Note on the mental hospitals in Burma - 1925-1940
Year: 1925
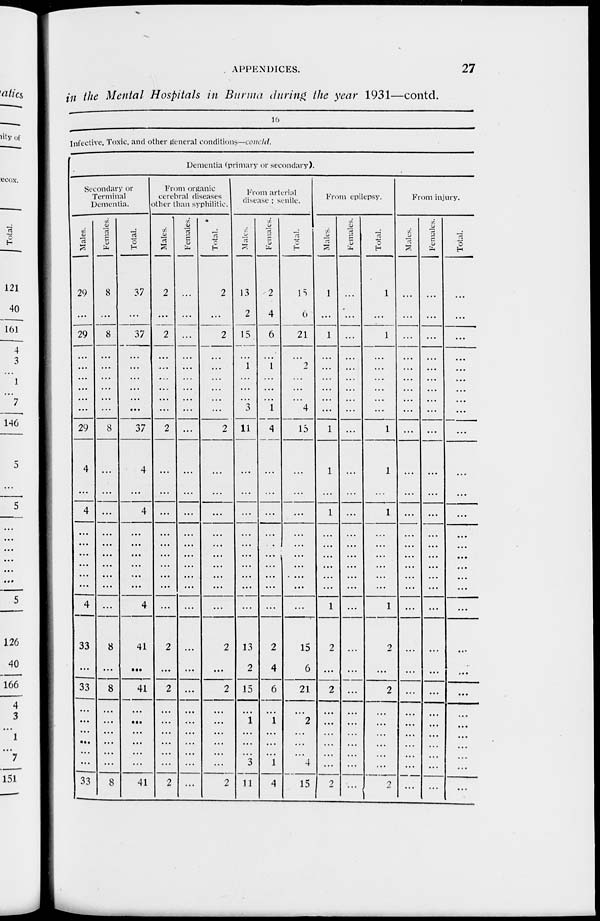
APPENDICES.
27
in the Mental Hospitals in Burma during the year 1931—contd.
10
Infective, Toxic, and other general conditions—concld.
Dementia (primary or secondary).
Secondary or
Terminal
Dementia.
Males.
29
...
29
...
...
...
...
...
...
29
4
...
4
...
...
...
...
...
...
4
33
...
33
...
...
...
...
...
...
33
Females.
8
...
8
...
...
...
...
...
...
8
...
...
...
...
...
...
...
...
...
8
...
8
...
...
...
...
...
...
8
Total.
37
...
37
...
...
...
...
...
....
37
4
...
4
...
...
...
...
...
...
4
41
...
41
...
...
...
...
...
...
41
From organic
cerebral diseases
other than syphilitic.
Males.
2
...
2
...
...
...
...
...
...
2
...
...
...
...
...
...
...
...
...
...
2
...
2
...
...
...
...
...
...
2
Females.
...
...
...
...
...
...
...
...
...
...
...
...
...
...
...
...
...
...
...
...
...
...
...
...
...
...
...
...
...
...
Total.
2
...
2
...
...
...
...
...
...
2
...
...
...
...
...
...
...
...
...
...
2
...
2
...
...
...
...
...
...
2
From arterial
disease ; senile.
Males.
13
2
15
...
1
...
...
...
3
11
...
...
...
...
...
...
...
...
...
...
13
2
15
...
1
...
...
...
3
11
Females.
2
4
6
...
1
...
...
...
1
4
...
...
...
...
...
...
...
...
...
...
2
4
6
...
1
...
...
...
1
4
Total.
15
6
21
...
2
...
...
...
4
15
...
...
...
...
...
...
...
...
...
...
15
6
21
...
2
...
...
...
4
15
From epilepsy.
Males.
1
...
1
...
...
...
...
...
...
1
1
...
1
...
...
...
...
...
...
1
2
...
2
...
...
...
...
...
...
2
Females.
...
...
...
...
...
...
...
...
...
...
...
...
...
...
...
...
...
...
...
...
...
...
...
...
...
...
...
...
...
...
Total.
1
...
1
...
...
...
...
...
...
1
1
...
1
...
...
...
...
...
...
1
2
...
2
...
...
...
...
...
...
2
From injury.
Males.
...
...
...
...
...
...
...
...
...
...
...
...
...
...
...
...
...
...
...
...
...
...
...
...
...
...
...
...
...
...
Females.
...
...
...
...
...
...
...
...
...
...
...
...
...
...
...
...
...
...
...
...
...
...
...
...
...
...
...
...
...
...
Total.
...
...
...
...
...
...
...
...
...
...
...
...
...
...
...
...
...
...
...
...
...
...
...
...
...
...
...
...
...
...